画像に写った文字を読んでください
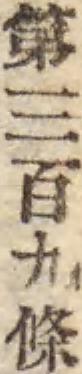
「第三百九條」と書いてあります